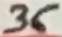
Text: 36